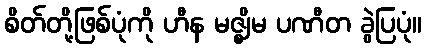
စိတ်တို့ဖြစ်ပုံကို ဟီန မဇ္ဈိမ ပဏီတ ခွဲပြပုံ။